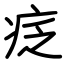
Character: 疺